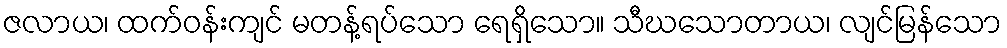
ဇလာယ၊ ထက်ဝန်းကျင် မတန့်ရပ်သော ရေရှိသော။ သီဃသောတာယ၊ လျင်မြန်သော